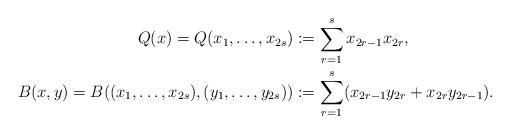
LaTeX: \begin{align*}Q(x)=Q(x_1,\dotsc,x_{2s})&:=\sum_{r=1}^s x_{2r-1}x_{2r},\\B(x,y)=B((x_1,\dotsc,x_{2s}),(y_1,\dotsc,y_{2s}))&:=\sum_{r=1}^s (x_{2r-1}y_{2r}+x_{2r}y_{2r-1}).\end{align*}